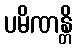
ပမိဏန္တိ